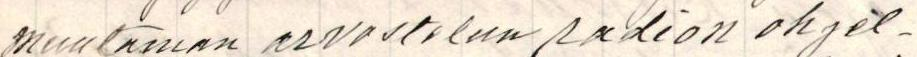
muutaman arvostelun radion ohjel-